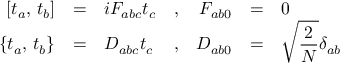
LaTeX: \begin{array} { r c l c r c l } { { \displaystyle [ t _ { a } , \, t _ { b } ] } } & { { = } } & { { i F _ { a b c } t _ { c } } } & { { , } } & { { F _ { a b 0 } } } & { { = } } & { { 0 } } \\ { { \displaystyle \{ t _ { a } , \, t _ { b } \} } } & { { = } } & { { D _ { a b c } t _ { c } } } & { { , } } & { { D _ { a b 0 } } } & { { = } } & { { \displaystyle \sqrt { \frac { 2 } { N } } \delta _ { a b } } } \end{array}